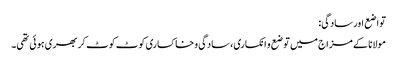
تواضع اور سادگی:
مولانا کے مزاج میں توضع و انکساری، سادگی و خاکساری کوٹ کوٹ کر بھری ہوئی تھی۔